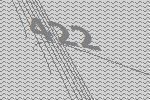
422